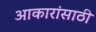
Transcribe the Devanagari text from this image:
आकारांसाठी